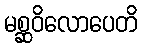
မစ္ဆဝိလောပေတိ